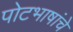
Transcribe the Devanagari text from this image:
पोटभाषांचे